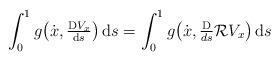
LaTeX: \begin{align*}\int_0^1g\big(\dot x, \tfrac{\mathrm DV_x}{\mathrm ds}\big)\,\mathrm ds=\int_0^1g\big(\dot x, \tfrac{\mathrm D}{ds}\mathcal R V_x\big)\,\mathrm ds\end{align*}